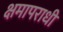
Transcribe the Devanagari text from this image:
क्षमापराधी